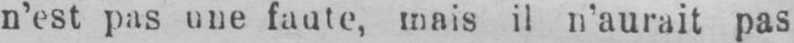
n’est pas une faute, mais il n’aurait pas